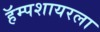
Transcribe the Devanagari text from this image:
हॅम्पशायरला